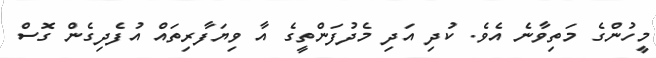
މީހުންގެ މަތިވާނެ އެވެ. ކުދި އަދި މެދުފަންތީގެ އާ ވިޔަފާރިތައް އުފެދިގެން ގޮސް